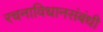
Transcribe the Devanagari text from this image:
रचनाविधानसंबंधी